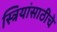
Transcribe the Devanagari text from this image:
स्त्रियांसाठीचे